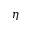
\eta